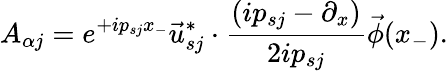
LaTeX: A_{\alpha j}=e^{+ip_{sj}x_{-}}\vec{u}_{sj}^{*}\cdot\frac{(ip_{sj}-\partial_{x})}{2ip_{sj}}\vec{\phi}(x_{-}).